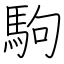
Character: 駒